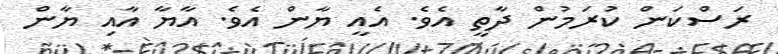
ރަސްކަން ކުރަމުން ދާތީ އެވެ. އެއީ ޔާން އެވެ. އާޔާ އާއި ޔާން